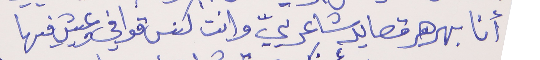
أنا بهرهر قصايد شاعرييّ     وانت كنس قوافي وعيش فيها